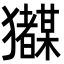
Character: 𭸲